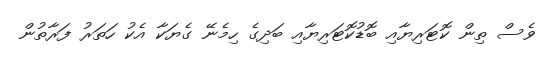
ވެސް ތިން ކޮޓަރިޔާއި ބޮޑުކޮޓަރިޔާއި ބަދިގެ ހިމެނޭ ގެޔަކާ އެކު ހަތަރު ފަރާތުން